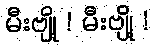
မီးဗျို့ ! မီးဗျို့ !